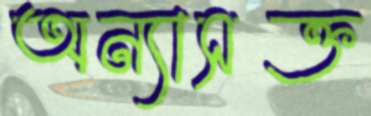
অন্যাসক্ত